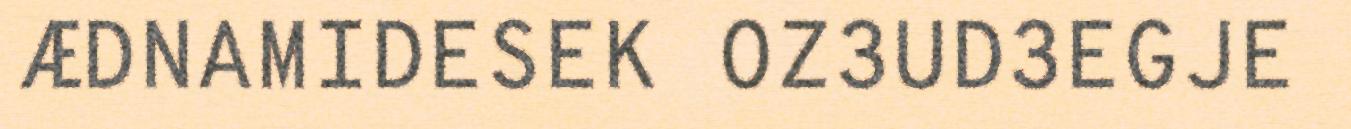
ÆDNAMIDESEK OZ3UD3EGJE